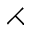
\rightthreetimes